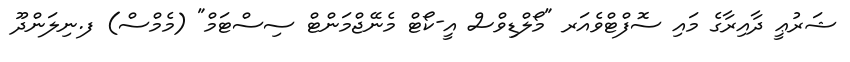
ޝަރުޢީ ދާއިރާގެ މައި ސޮފްޓްވެއަރ "މޯލްޑިވްސް އީ-ކޯޓް މެނޭޖްމަންޓް ސިސްޓަމް" (މެމްސް) ފ.ނިލަންދޫ